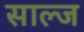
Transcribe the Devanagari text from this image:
साल्ज